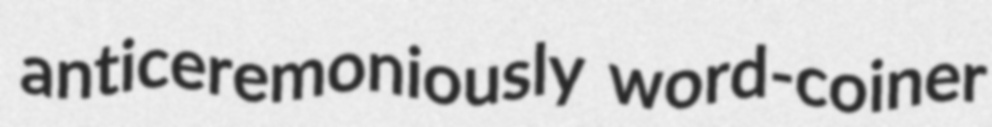
anticeremoniously word-coiner